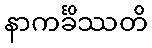
နာကင်္ခိဿတိ